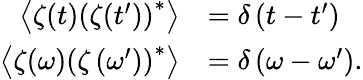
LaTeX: \begin{array}{rl}{\left\langle\zeta(t)\left(\zeta(t^{\prime})\right)^{*}\right\rangle}&{=\delta\left(t-t^{\prime}\right)}\\ {\left\langle\zeta(\omega)\left(\zeta\left(\omega^{\prime}\right)\right)^{*}\right\rangle}&{=\delta\left(\omega-\omega^{\prime}\right).}\end{array}